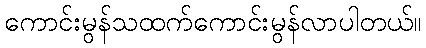
ကောင်းမွန်သထက်ကောင်းမွန်လာပါတယ်။